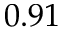
0 . 9 1